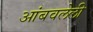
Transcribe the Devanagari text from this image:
आंबवलेली